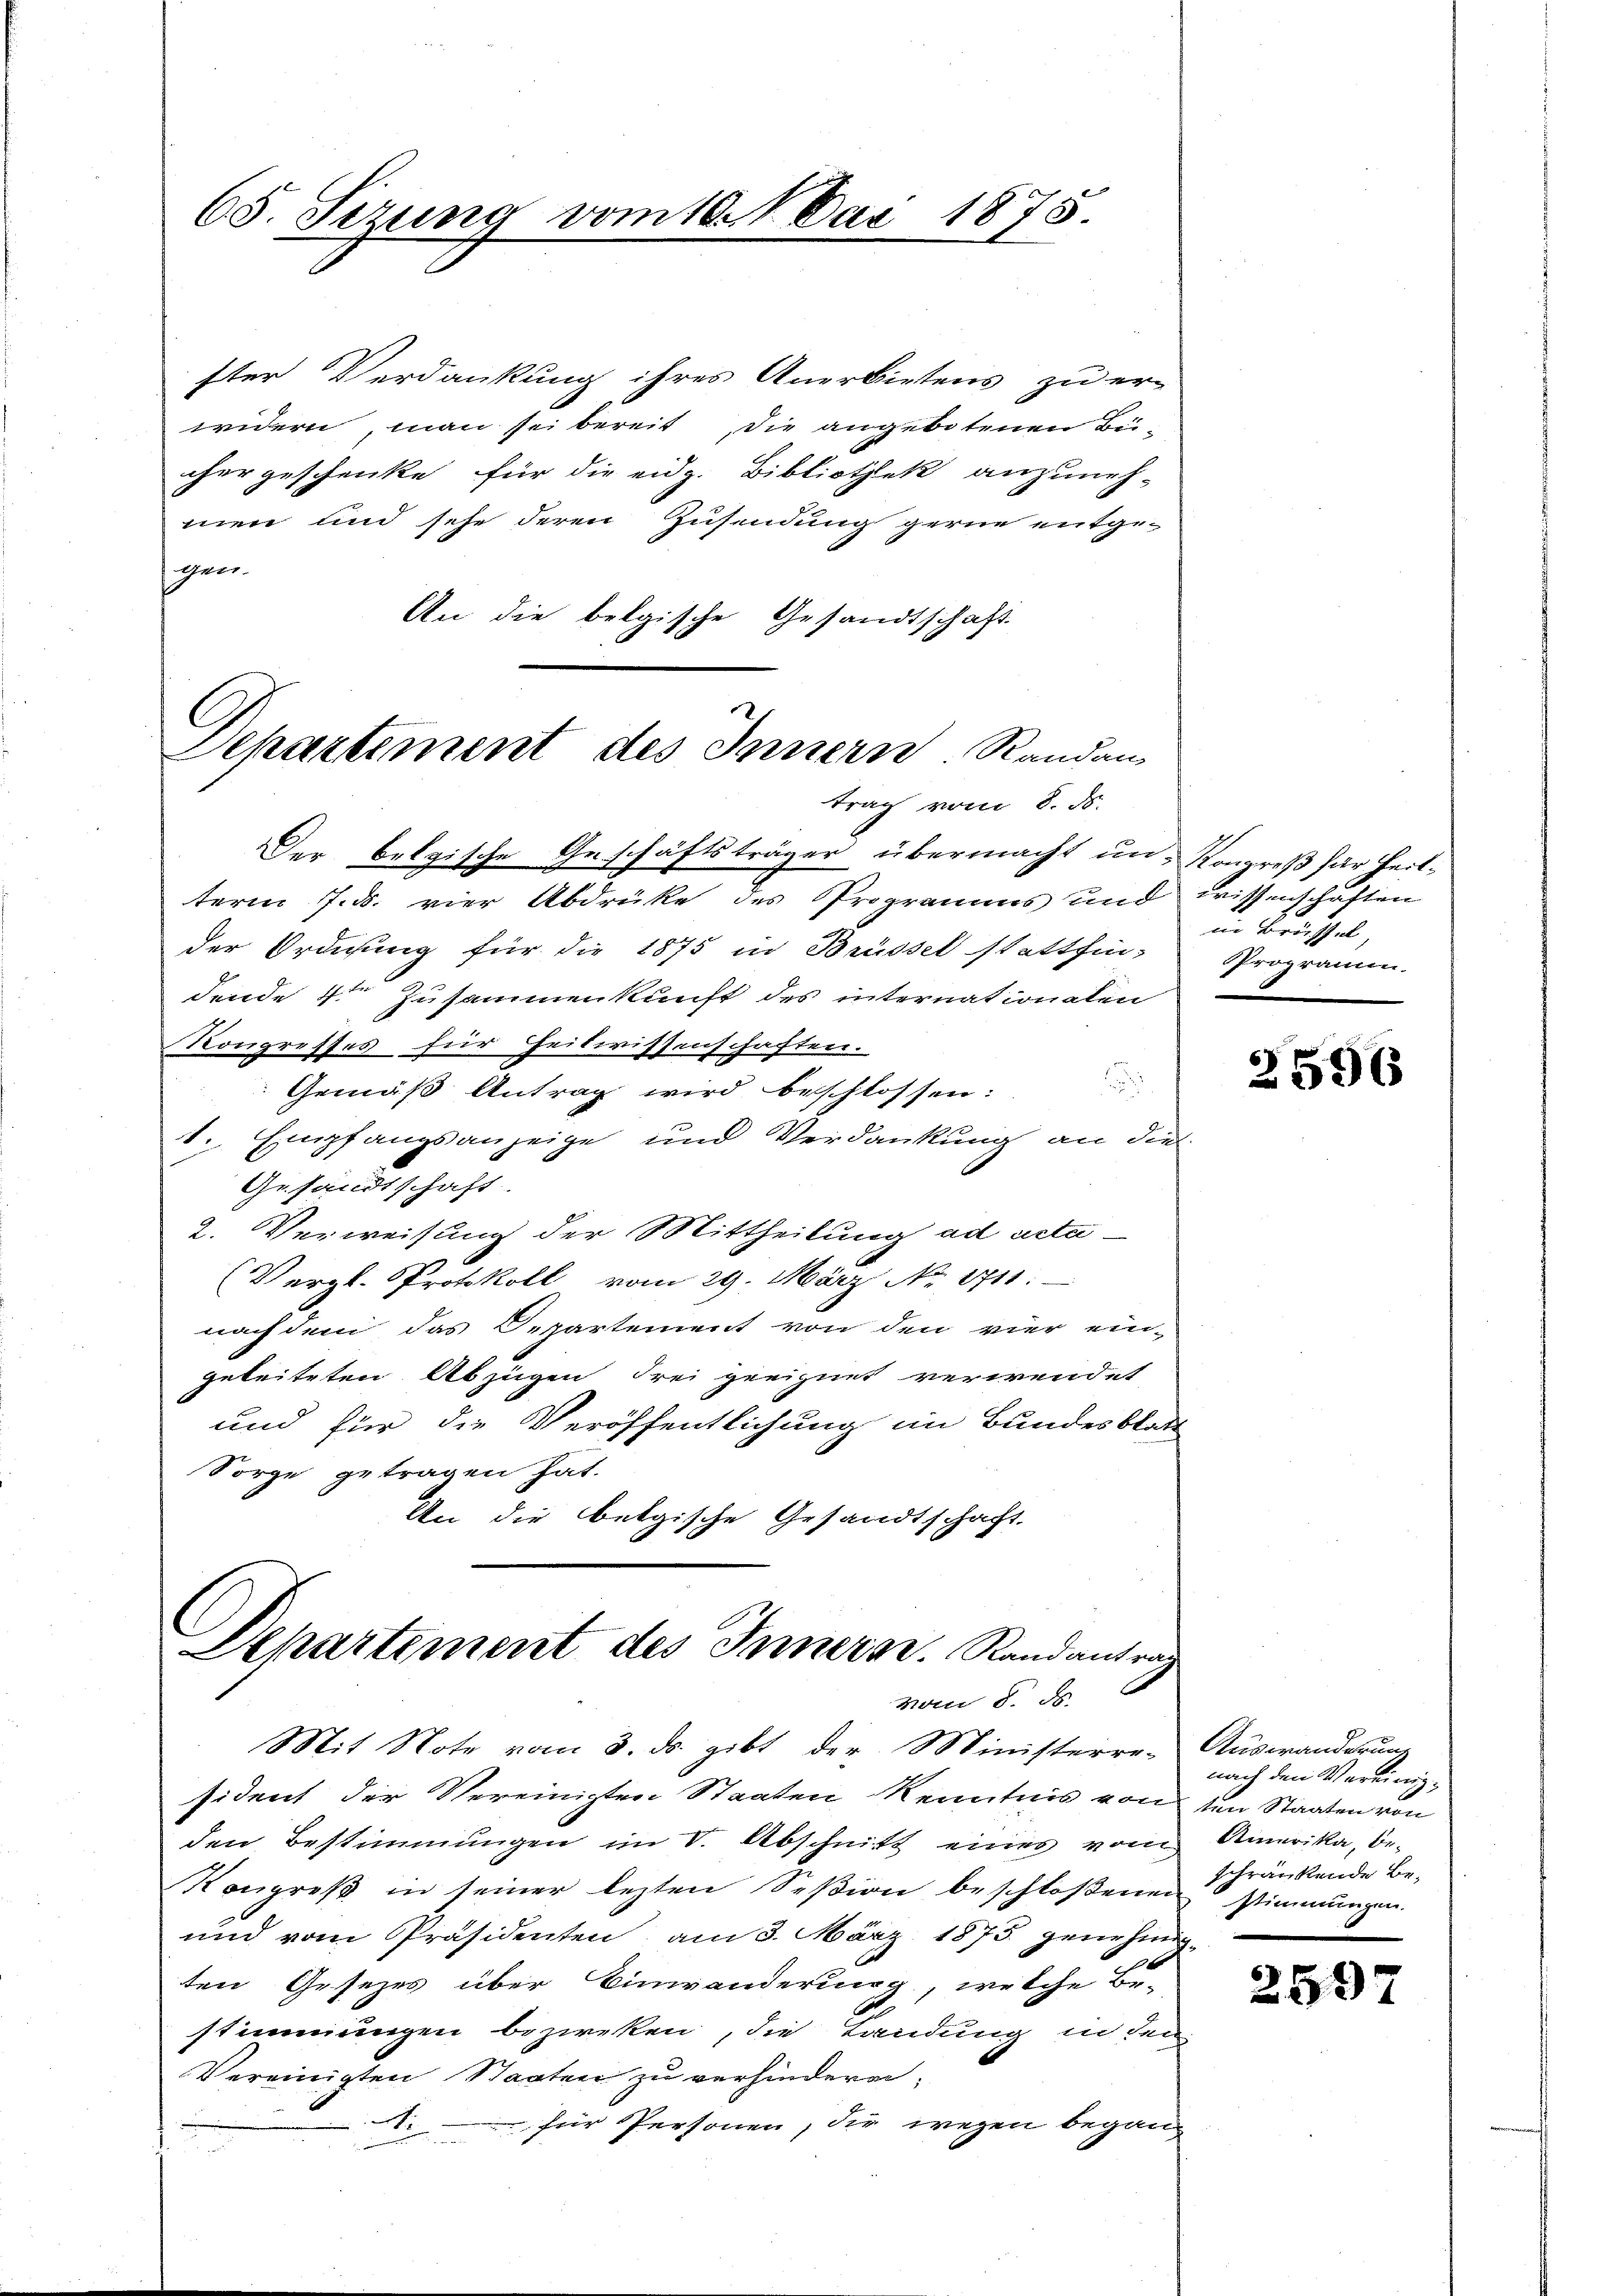
65. Sezung vom 10. Mai 1875.

ster Verdankung ihres Anerbietens zu er-
widern, man sei bereit, die angebotenen Becher geschenke für die eidg. Bibliothek anzuneh-
men und sehe deren Zusendung gerne entge¬
Gen.
An die belgische Gesandtschaft

Departement des Innern Randan
trag vom 8. ds.

Der belgische Geschäftsträger übermacht un- Kongroß für Heilterm 7. ds. vier Abdrüke des Programms und wissenschäften
der Ordnung für die 1875 in Brüssel stattfin- Programm.
Fende 4te Zusammenkunft des internationalen
Kongresses für Heitwissenschaften.
Gemäß Antrag wird beschlossen:
1. Empfangsanzeige und Verdankung an die
Gesandtschaft.
2. Verweisung der Mittheilung ad acta¬
(Vergl. Protokoll vom 29. März No. 1711.
nachdem das Departement von den vier ein-
geleiteten Abzügen drei geeignet verwendet
und für die Veröffentlichung im Bundesblatt
Sorge getragen hat.
An die belgische Gesandtschaft.

Dehartement des Innern. Randantrag
vom 8. ds.

Mit Note vom 3. ds. gibt der Ministerre. Auswanderung
sident der Vereinigten Staaten Kenntnis von den Staaten von
den Bestimmungen im V. Abschnitt eines vom
Kongreß in seiner lezten Seßion beschloßenen
und vom Präsidenten am 3. März 1875 genehmig
ten Gesezes über Einwanderung, welche Be-
stimmungen bezirken, die Tandung in den
Vereinigten Staaten zu verhinderen.
für Personen, die wegen begann

in Brüffel,
.

2596

nach den Vereinig¬
Amerika, beschränkende Bestimmungen.

2597